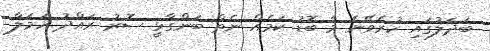
ބަދަލުގައި ކުރެވޭނެ މާ ބޮޑު ކަމެއް ނެތް ބަންގާޅީ ސޮރު ރައްދު ހަމަލާ